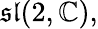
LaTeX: {\mathfrak{sl}}(2,\mathbb{C}),